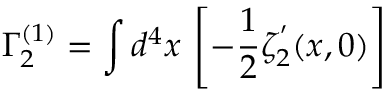
\Gamma _ { 2 } ^ { ( 1 ) } = \int d ^ { 4 } x \, \left[ - { \frac { 1 } { 2 } } \zeta _ { 2 } ^ { ^ { \prime } } ( x , 0 ) \right]